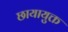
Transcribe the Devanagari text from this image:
छायायुक्त